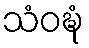
သံဝဍ္ဎံ